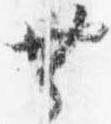
無